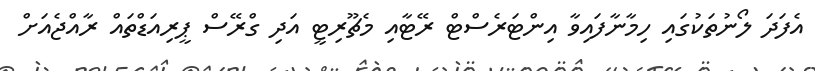
އެފަދަ ލޯނުތަކުގައި ހިމާނާފައިވާ އިންޓަރެސްޓް ރޭޓާއި މެޗޫރިޓީ އަދި ގްރޭސް ޕީރިއަޑްތައް ރާއްޖެއަށް